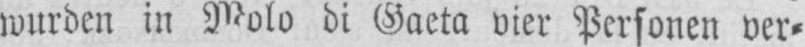
wurden in Molo die Gaeta vier Personen ver⸗